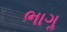
ભાગૢ